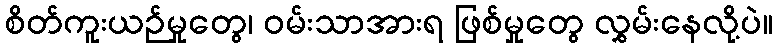
စိတ်ကူးယဉ်မှုတွေ၊ ဝမ်းသာအားရ ဖြစ်မှုတွေ လွှမ်းနေလို့ပဲ။